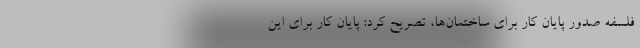
فلسفه صدور پایان کار برای ساختمان‌ها، تصریح کرد: پایان کار برای این